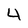
Character: 4